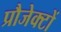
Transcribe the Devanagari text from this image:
प्रौजेक्टों